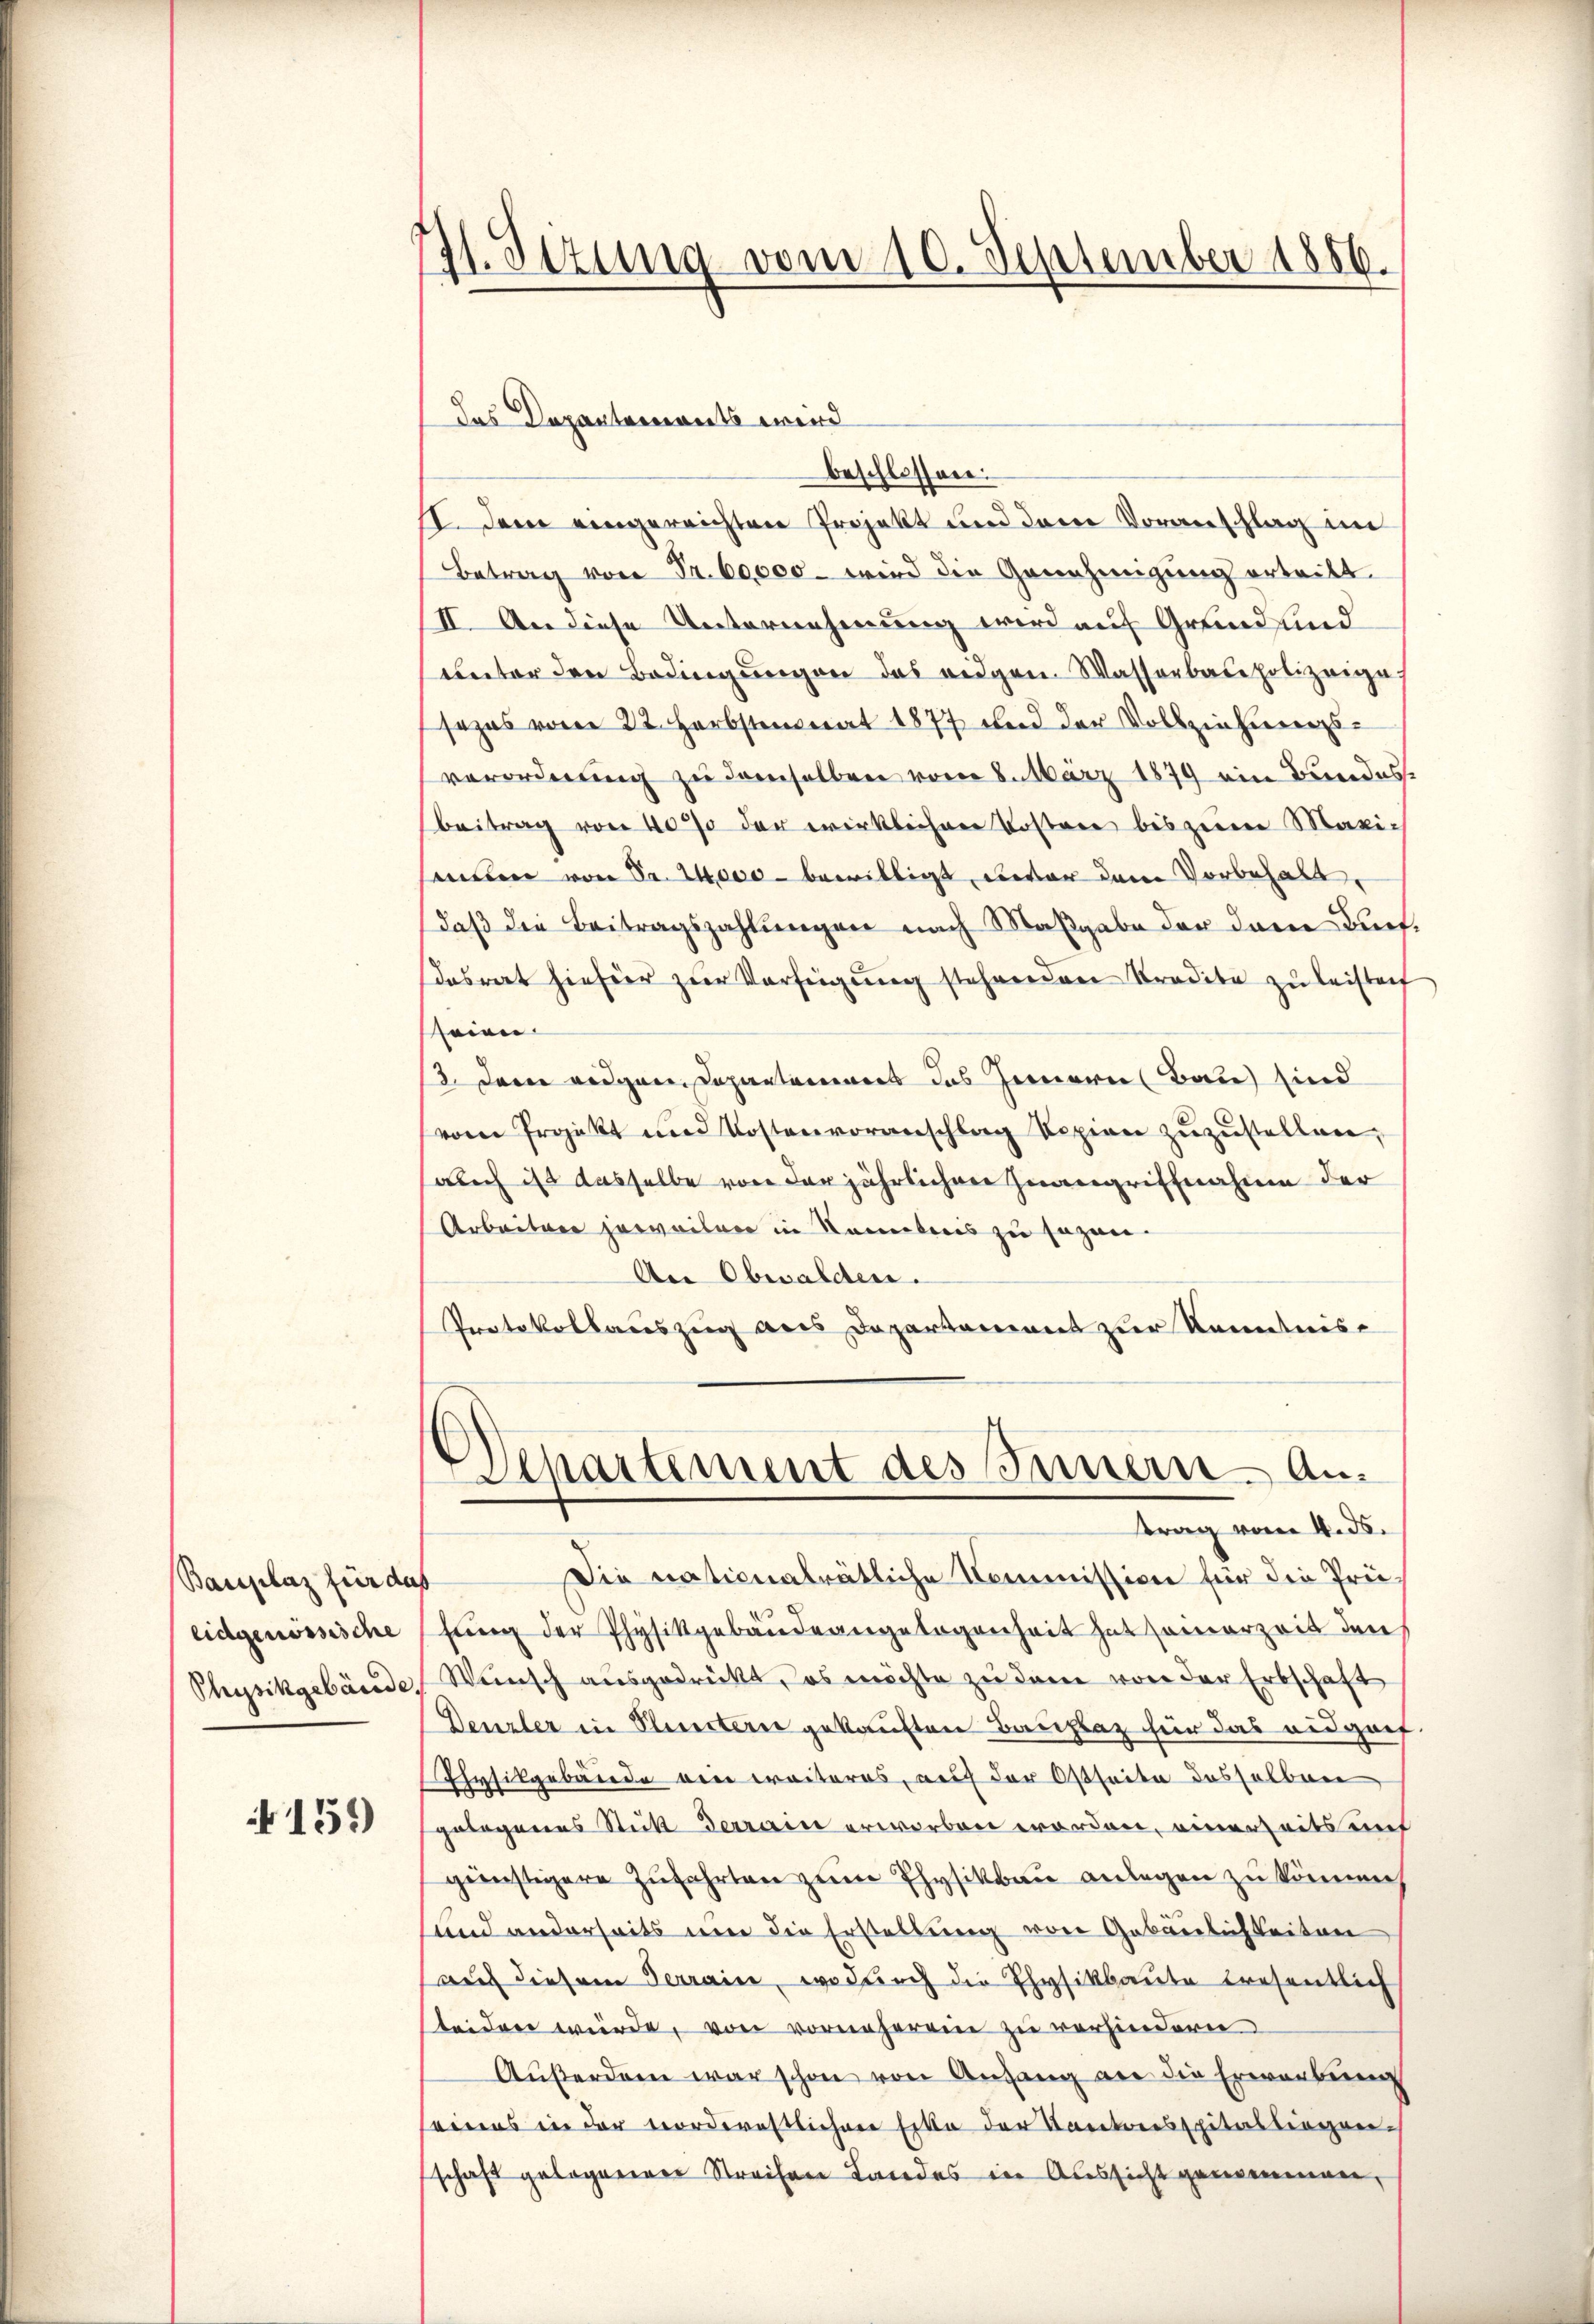
Bauplaz für das
eidgenössische

151)

71. Sitzung vom 10. September 1856.

beschlossen:
II. Dem eingereichten Projekt und dem Voranschlag im
Betrag von Fr. 60,000 wird die Genehmigung ertritt.
II. An diese Unternehmung wird auf Grund sind
unter den Bedingŭngen das eidgen. Wasserbaupolizeige
sezes vom 22. Herbstmonat 1877 und der Vollziehungsverordnung zu demselben vom 8. März 1879 ein Bundes-
Beitrag von 40% der wirklichen Kostere bis zum Maxi-
samen von Sr. 1000 - bewilligt, unter dem Vorbehalt
daß die Beitragszahlungen nach Maßgabe der dem Bünfdasrat hiefür zur Verfügung stehenden Tradita zu leistenf
eien
13. Dem eidgen. Departamens das Fernern Bau sind
vom Projekt und Kostenvoranschlag Kopien zŭzŭstellen,
auch ist dasselbe von der jährlichen Zwangriffnahme der
Arbeitere jeweilen in Kenntnis zu sagen.
An Obwalden.
Protokollauszug aus Departement zur Kenntnis-

das Departements wird

)
Departement des Innern - Anttrag vom 4. ds.

Die nationalrätliche Kommission für die Prüfung der Physikgebäudeangelegenheit hat seinerzeit den
Physikgebäude, Wunsch ausgedrückt, es möchte zu dem von der Erbschaft
Denzler in Kliertern gekauften Bauplaz für das eidgaif
Ehrsikgebäude ein weiteres, auf der Ostseite desselben
gebogenes Stick Derrain erworben worden, einerseits uns
günstigere Zufahrten zum Physikbau anlegen zu können,
und anderseits um die Erstellung von Gebäulichkeiten
aŭf diesem Terrain, wodurch die Ehysikbaŭte tresentlich
sleiden würde, von vorneherein zu verhindern
Aŭβerdan war schon von Anhang an die Erwerbung
seinens in der vordernstlichere Ecke der Kantoresspitalstiegen-
schaft gelegerner Streifen Landes in Aussicht genommen,